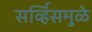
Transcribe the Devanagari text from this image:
सर्व्हिसमुळे